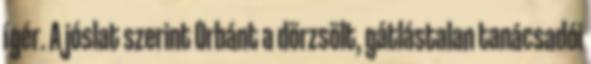
ígér. A jóslat szerint Orbánt a dörzsölt, gátlástalan tanácsadói